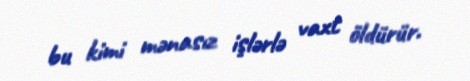
bu kimi mənasız işlərlə vaxt öldürür.